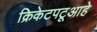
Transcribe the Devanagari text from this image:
क्रिकेटपटूआहे